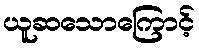
ယူဆသောကြောင့်